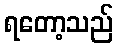
ရတော့သည်